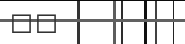
٣٢